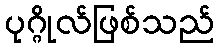
ပုဂ္ဂိုလ်ဖြစ်သည်